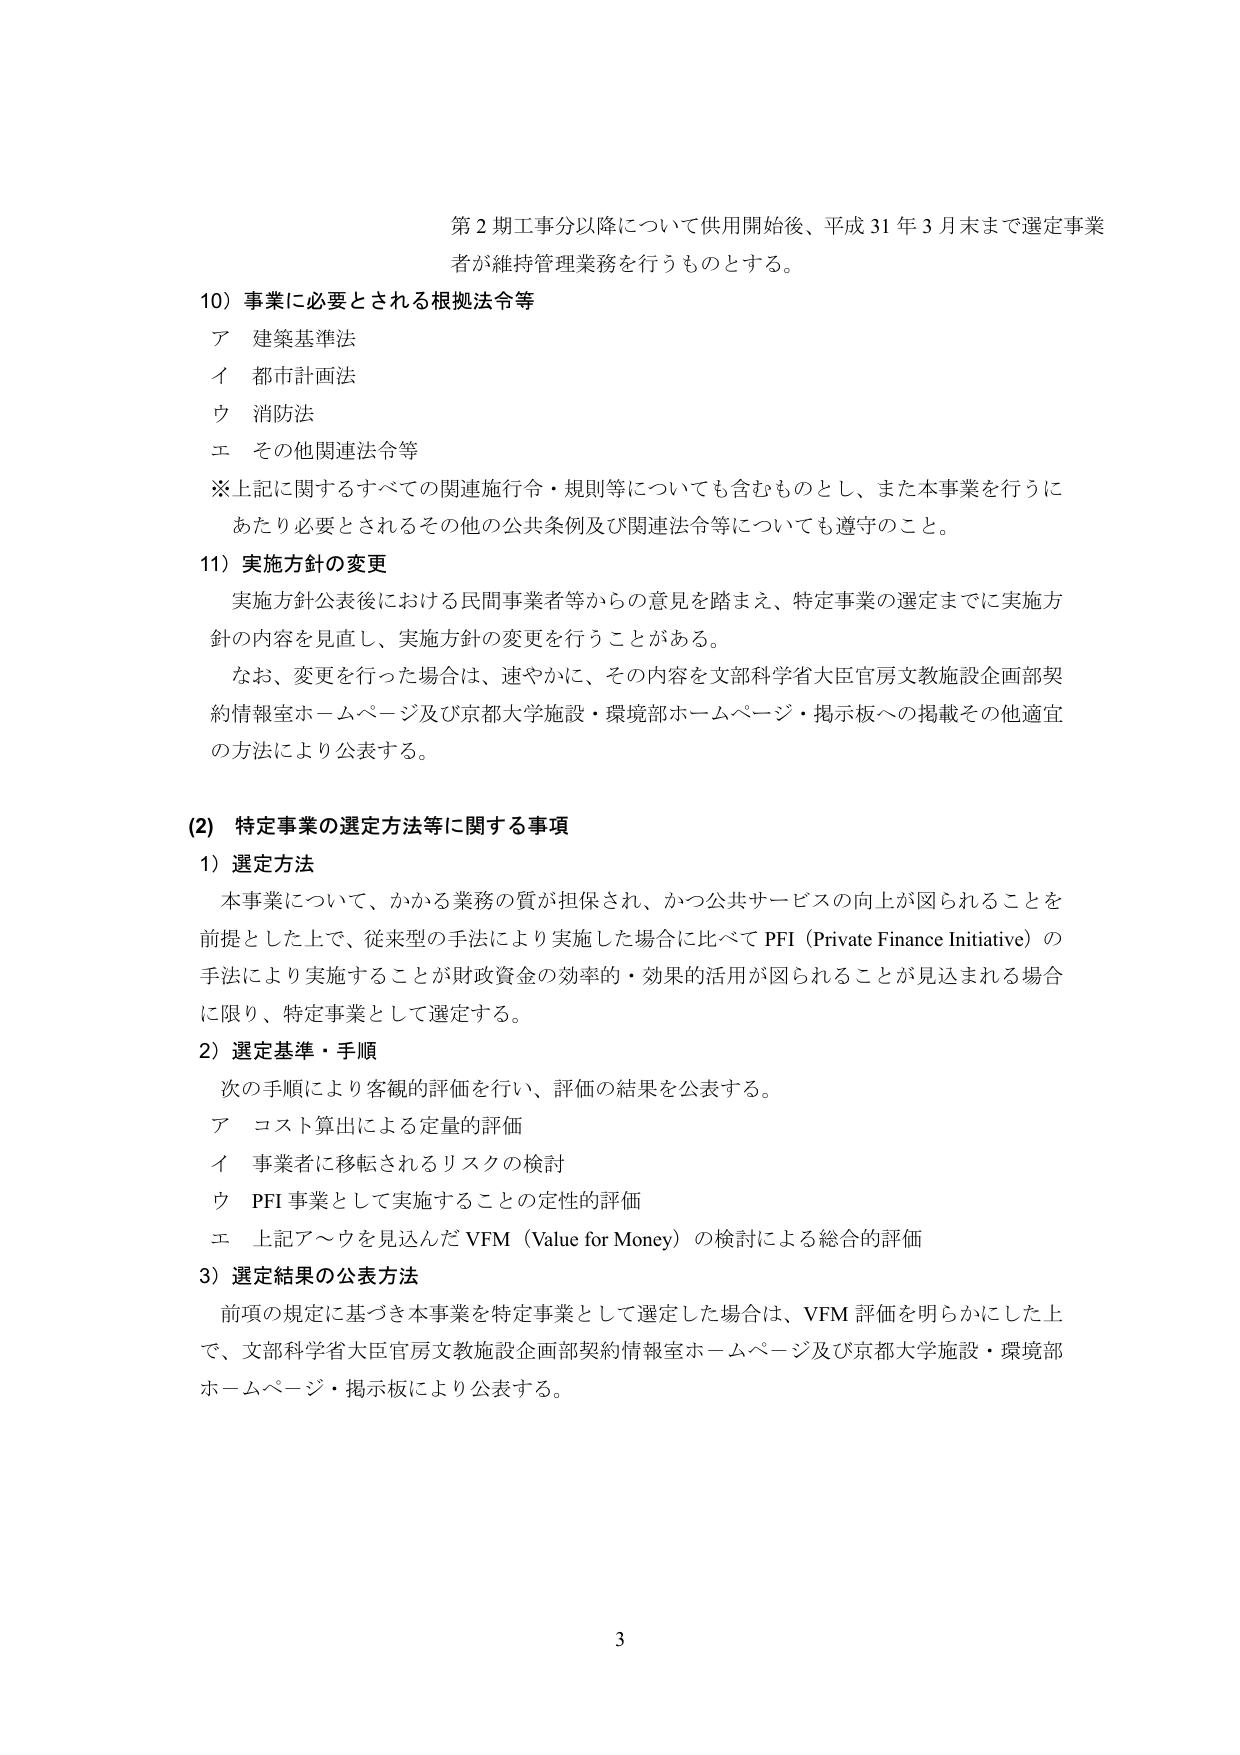
第2期工事分以降について供用開始後、平成31年3月末まで選定事業者が維持管理業務を行うものとする。

10）事業に必要とされる根拠法令等
ア 建築基準法
イ 都市計画法
ウ 消防法
エ その他関連法令等
※上記に関するすべての関連施行令・規則等についても含むものとし、また本事業を行うにあたり必要とされるその他の公共条例及び関連法令等についても遵守のこと。

11）実施方針の変更
実施方針公表後における民間事業者等からの意見を踏まえ、特定事業の選定までに実施方針の内容を見直し、実施方針の変更を行うことがある。
なお、変更を行った場合は、速やかに、その内容を文部科学省大臣官房文教施設企画部契約情報室ホームページ及び京都大学施設・環境部ホームページ・掲示板への掲載その他適宜の方法により公表する。

(2) 特定事業の選定方法等に関する事項
1）選定方法
本事業について、かかる業務の質が担保され、かつ公共サービスの向上が図られることを前提とした上で、従来型の手法により実施した場合に比べてPFI（Private Finance Initiative）の手法により実施することが財政資金の効率的・効果的活用が図られることが見込まれる場合に限り、特定事業として選定する。
2）選定基準・手順
次の手順により客観的評価を行い、評価の結果を公表する。
ア コスト算出による定量的評価
イ 事業者に移転されるリスクの検討
ウ PFI事業として実施することの定性的評価
エ 上記ア～ウを見込んだVFM（Value for Money）の検討による総合的評価
3）選定結果の公表方法
前項の規定に基づき本事業を特定事業として選定した場合は、VFM評価を明らかにした上で、文部科学省大臣官房文教施設企画部契約情報室ホームページ及び京都大学施設・環境部ホームページ・掲示板により公表する。

3